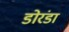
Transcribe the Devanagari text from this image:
डोरंडा